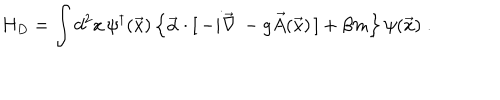
H _ { D } = \int d ^ { 2 } x \, \psi ^ { \dagger } ( \vec { x } ) \left\{ \vec { \alpha } \cdot [ \, - i \vec { \nabla } \, - g \vec { A } ( \vec { x } ) \, ] + \beta m \right\} \psi ( \vec { x } ) \; .